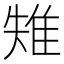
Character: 𨾤